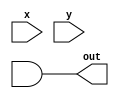
module and_gate(out, x, y);
    input x, y;
    output out;
    assign out = a & b;
endmodule